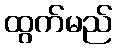
ထွက်မည်